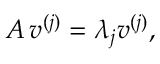
\boldsymbol { A } \, \boldsymbol { v } ^ { ( j ) } = \lambda _ { j } \boldsymbol { v } ^ { ( j ) } ,